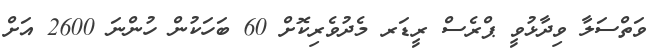
ވަތްސަލާ ވިދާޅުވީ ޕްރެސް ރީޑަރ މެދުވެރިކޮށް 60 ބަހަކުން ހުންނަ 2600 އަށް